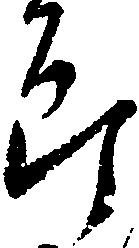
郎